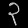
Digit: ၃